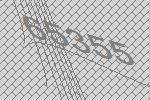
65355